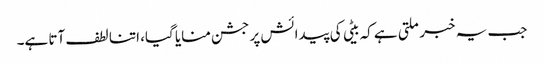
جب یہ خبر ملتی ہے کہ بیٹی کی پیدائش پر جشن منایا گیا، اتنا لطف آتا ہے۔